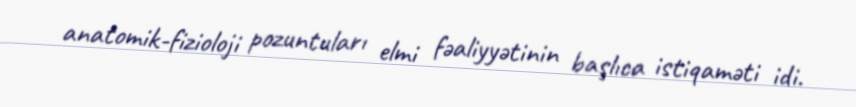
anatomik-fizioloji pozuntuları elmi fəaliyyətinin başlıca istiqaməti idi.